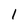
Character: 1